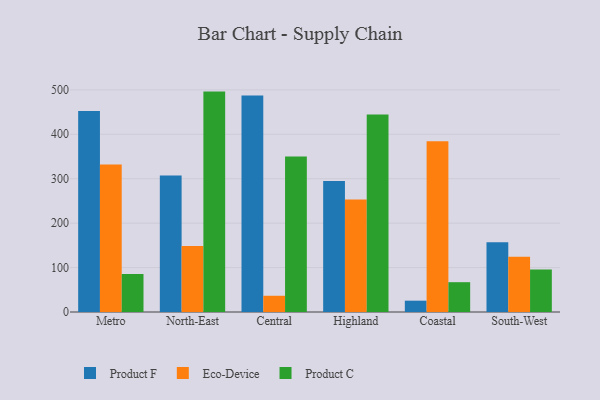
{"axis": {"x": "Region", "y": "Active Users"}, "legend": ["Eco-Device", "Product C", "Product F"], "data": [{"x": "Metro", "y": 452.6, "type": "Product F"}, {"x": "Metro", "y": 332.0, "type": "Eco-Device"}, {"x": "Metro", "y": 85.5, "type": "Product C"}, {"x": "North-East", "y": 307.2, "type": "Product F"}, {"x": "North-East", "y": 148.6, "type": "Eco-Device"}, {"x": "North-East", "y": 496.1, "type": "Product C"}, {"x": "Central", "y": 487.1, "type": "Product F"}, {"x": "Central", "y": 36.5, "type": "Eco-Device"}, {"x": "Central", "y": 350.1, "type": "Product C"}, {"x": "Highland", "y": 294.6, "type": "Product F"}, {"x": "Highland", "y": 253.2, "type": "Eco-Device"}, {"x": "Highland", "y": 444.7, "type": "Product C"}, {"x": "Coastal", "y": 25.5, "type": "Product F"}, {"x": "Coastal", "y": 384.4, "type": "Eco-Device"}, {"x": "Coastal", "y": 67.1, "type": "Product C"}, {"x": "South-West", "y": 157.1, "type": "Product F"}, {"x": "South-West", "y": 124.2, "type": "Eco-Device"}, {"x": "South-West", "y": 95.8, "type": "Product C"}]}